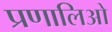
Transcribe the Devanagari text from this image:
प्रणालिओ